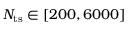
N _ { { \mathrm { t s } } } \in [ 2 0 0 , 6 0 0 0 ]